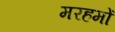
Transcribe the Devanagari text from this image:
मरहमों